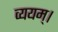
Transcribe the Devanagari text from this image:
व्ययम्।